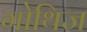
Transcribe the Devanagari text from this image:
गोथिज